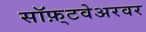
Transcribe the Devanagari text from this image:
सॉफ़्टवेअरवर